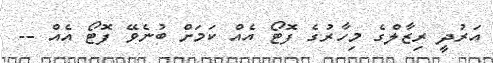
އަރުދީ ރިޒާލްގެ މިހާރުގެ ފޮޓޯ އެއް ކަމަށް ބުނެވޭ ފޮޓޯ އެއް --